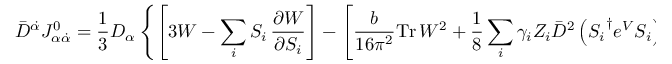
\bar { D } ^ { \dot { \alpha } } J _ { \alpha \dot { \alpha } } ^ { 0 } = \frac { 1 } { 3 } D _ { \alpha } \left\{ \left[ 3 { \cal W } - \sum _ { i } S _ { i } \, \frac { \partial { \cal W } } { \partial S _ { i } } \right] - \left[ \frac { b } { 1 6 \pi ^ { 2 } } \mathrm { T r } \, W ^ { 2 } + \frac { 1 } { 8 } \sum _ { i } \gamma _ { i } Z _ { i } \bar { D } ^ { 2 } \left( { S _ { i } } ^ { \dagger } e ^ { V } S _ { i } \right) \right] \right\}